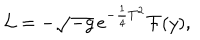
{ \cal L } = - \sqrt { - g } \thinspace e ^ { - \frac { 1 } { 4 } T ^ { 2 } } { \cal F } ( y ) ,